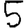
Digit: 5